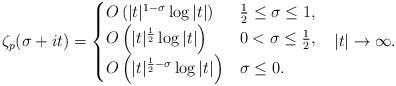
LaTeX: \begin{align*}\zeta_{p}(\sigma+it)=\begin{cases}O\left(|t|^{1-\sigma}\log|t|\right) & \frac{1}{2}\leq\sigma\leq1,\\O\left(|t|^{\frac{1}{2}}\log|t|\right) & 0<\sigma\leq\frac{1}{2},\\O\left(|t|^{\frac{1}{2}-\sigma}\log|t|\right) & \sigma\leq0.\end{cases}\,\,\,\,\,|t|\rightarrow\infty.\end{align*}